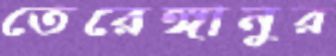
তেরেঙ্গানুর